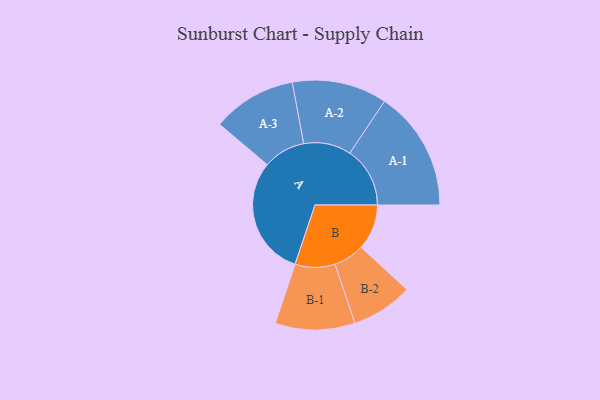
{"axis": {"x": "Segment", "y": "Value"}, "legend": ["", "A", "B"], "data": [{"x": "A", "y": 443, "type": ""}, {"x": "B", "y": 169, "type": ""}, {"x": "A-1", "y": 223, "type": "A"}, {"x": "A-2", "y": 176, "type": "A"}, {"x": "A-3", "y": 156, "type": "A"}, {"x": "B-1", "y": 148, "type": "B"}, {"x": "B-2", "y": 114, "type": "B"}]}